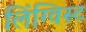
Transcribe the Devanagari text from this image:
लिंग्विस्ट